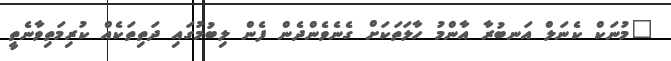
"މުނަކް ކެނަލް އަނބުރާ އާންމު ހާލަތަކަށް ގެނެވެންދެން ފެން ލިބުމުގައި ދަތިތަކެއް ކުރިމަތިވާނެތީ